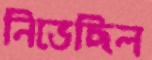
নিভেছিল